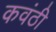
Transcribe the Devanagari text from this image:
कवंठी